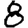
Digit: 8